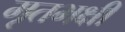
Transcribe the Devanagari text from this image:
मृतभक्षी